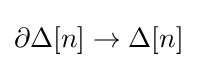
\partial \Delta [n]\to \Delta [n]